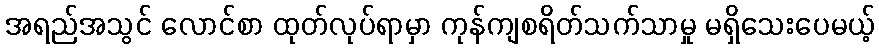
အရည်အသွင် လောင်စာ ထုတ်လုပ်ရာမှာ ကုန်ကျစရိတ်သက်သာမှု မရှိသေးပေမယ့်